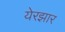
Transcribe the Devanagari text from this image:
येरझार